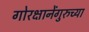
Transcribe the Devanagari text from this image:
गोरक्षानेंगुरुच्या